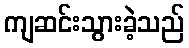
ကျဆင်းသွားခဲ့သည်